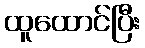
ထူထောင်ပြီး